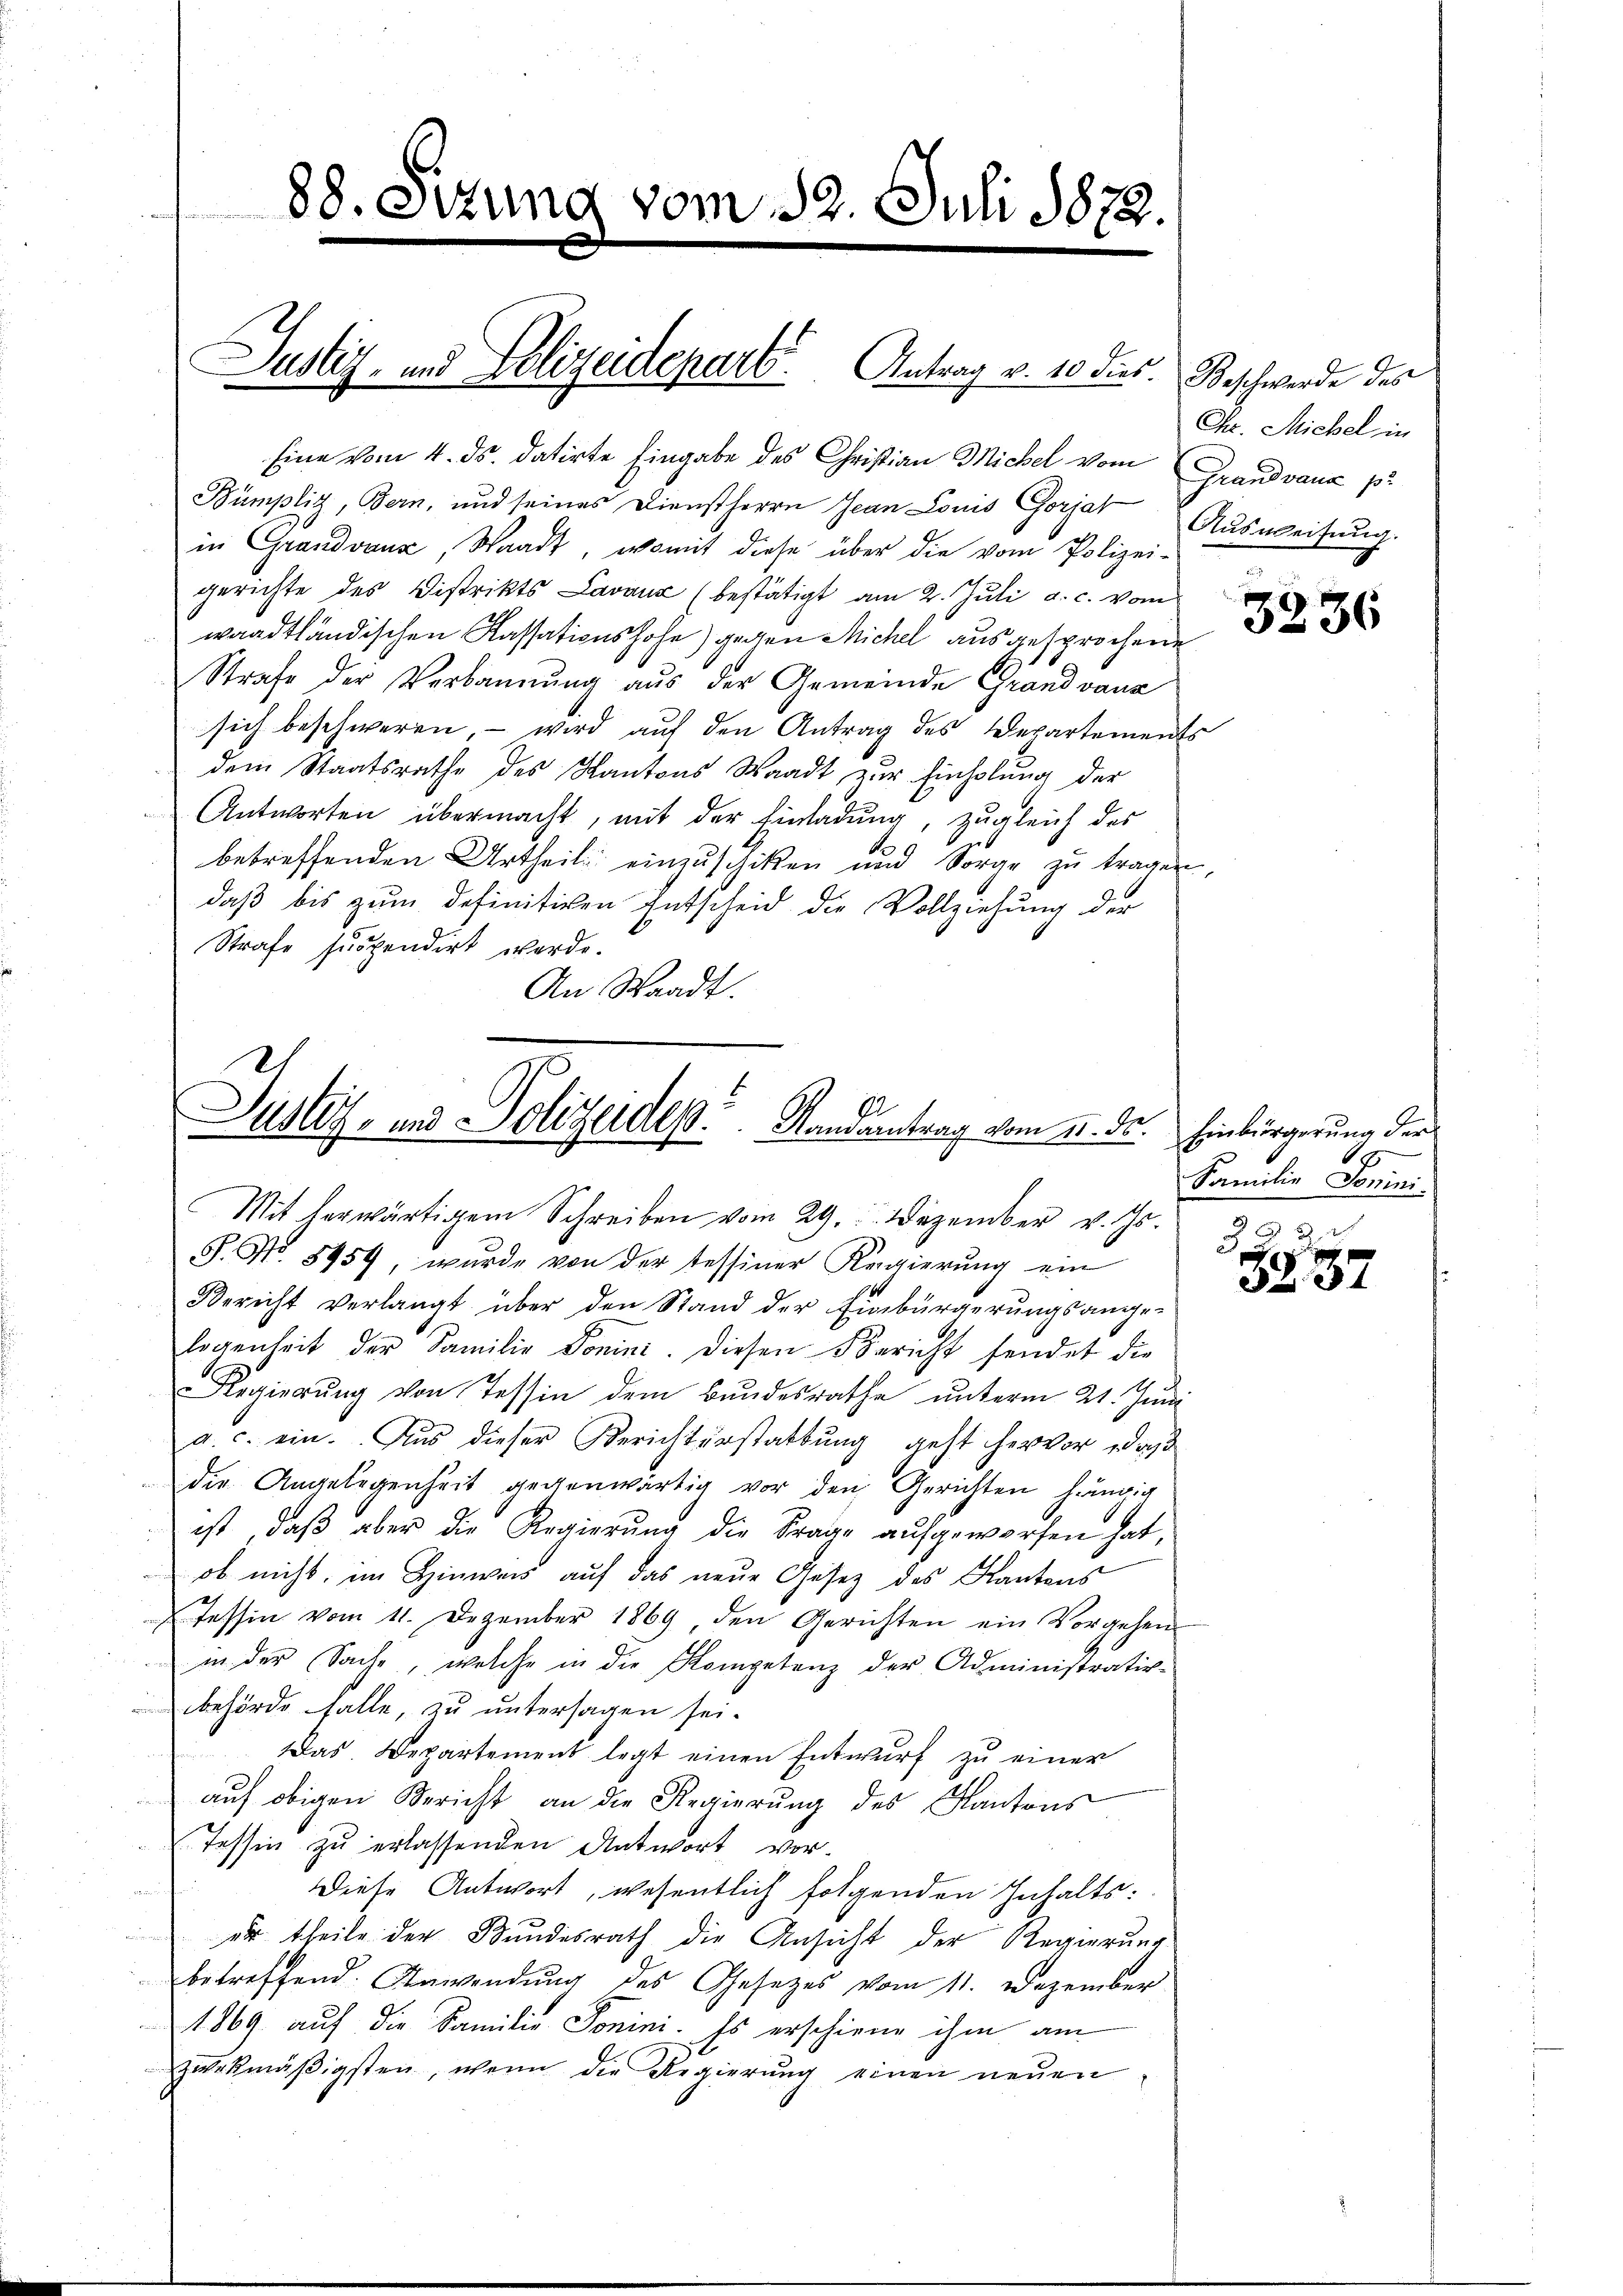
88. Sitzung vom 22. Juli 1879.

Eine vom 4. ds. datirte Eingabe des Christian Michel vom Grandvaux pr
Bümpliz, Bern, und seines Dienstherrn Jean Louis Gorjat Aŭsweisung.
in Grandvaux, Waadt, womit diese über die vom Polizei-
gerichte des Distrikts Lavaux (bestätigt am 2. Juli a. c. vom
waadtländischen Kassationshofe) gegen Michel ausgesprochene
Strafe der Verbannung aŭs der Gemeinde Grandvaus
sich beschweren, – wird auf den Antrag des Departements
dem Staatsrathe des Kantons Waadt zur Einholung der
Antworten übermacht, mit der Einladung, zugleich des
betreffenden Urtheil einzuschiken und Sorge zŭ tragen,
daß bis zum definitiven Entscheid die Vollziehung der
Strafe suspendirt werde.
An Waadt.

Justiz- und Polizeidepart. Antrag v. 10 dies. Beschwerde des

Justiz- und Polizeides Randantrag vom 2. ds.

Mit herwärtigem Schreiben vom 29. Dezember v. Js.
S. Nr. 8454, wurde von der tessiner Regierŭng ein
Bericht verlangt über den Stand der Einbürgerungsange-
legenheit der Familie Ponini. Diesen Bericht sendet die
Regierŭng von Tessin dem Bundesrathe unterm 21. Juni
a. c. ein. Aus dieser Berichterstattung geht hervor, daß
die Angelegenheit gegenwärtig vor den Gerichten hängig
ist, daβ aber die Regierŭng die Frage aufgeworfen hat,
ob nicht, im Hinweis auf das neue Gesetz des Kantons
Tessin vom 11. Dezember 1869, den Gerichten ein Vorgehen
in der Sache, welche in die Kompetenz der Administrativ-
behörde falle, zu untersagen sei.
Das. Departement legt einen Entwurf zu einer
auf obigen Bericht an die Regierung des Kantons
Tessin zu erlassenden Antwort vor-
Diese Antwort, wesentlich folgenden Inhalts:
er theile der Bundesrath die Ansicht der Regierŭng
betreffend. Anwendung des Gesetzes vom 11. Dezember
1869 auf die Familie Sonini. Es erschiene ihm am
zwekmäβigsten, wenn die Regierung einen neuen

Chr. Michel in

3236

Einbürgerung der
1
Familie Tonini.
2

5237